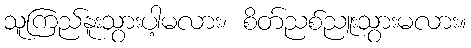
သူကြည်နူးသွားပါ့မလား၊ စိတ်ညစ်ညူးသွားမလား။